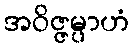
အဝိဇ္ဇမ္ပာဟံ